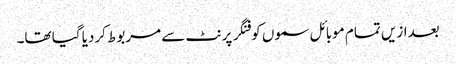
بعدازیں تمام موبائل سموں کو فنگر پرنٹ سے مربوط کردیا گیا تھا۔